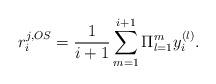
LaTeX: \begin{align*}r_i^{j,OS}=\dfrac{1}{i+1}\sum_{m=1}^{i+1}\Pi_{l=1}^m y_i^{(l)}.\end{align*}